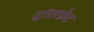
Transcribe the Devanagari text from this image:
ट्रांसफ़्रेट